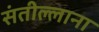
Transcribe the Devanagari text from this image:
संतील्लाना